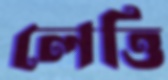
লেত্তি